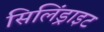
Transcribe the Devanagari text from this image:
सिलिंड्राइट